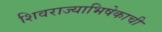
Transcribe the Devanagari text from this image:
शिवराज्याभिषेकाची